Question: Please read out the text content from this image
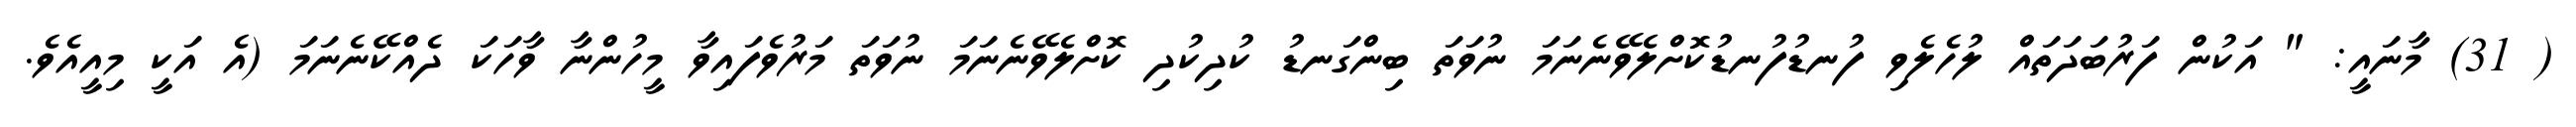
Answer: ( 31) މާނައީ: " އަކުން ފަރުބަދަތައް ލުހެލެވި ފުނޑުފުނޑުކޮށްލެވޭނެނަމަ ނުވަތަ ބިންގަނޑު ކުދިކުދި ކޮށްލެވޭނެނަމަ ނުވަތަ މަރުވެފައިވާ މީހުންނާ ވާހަކަ ދެއްކޭނެނަމަ (އެ އަކީ މިއީއެވެ.